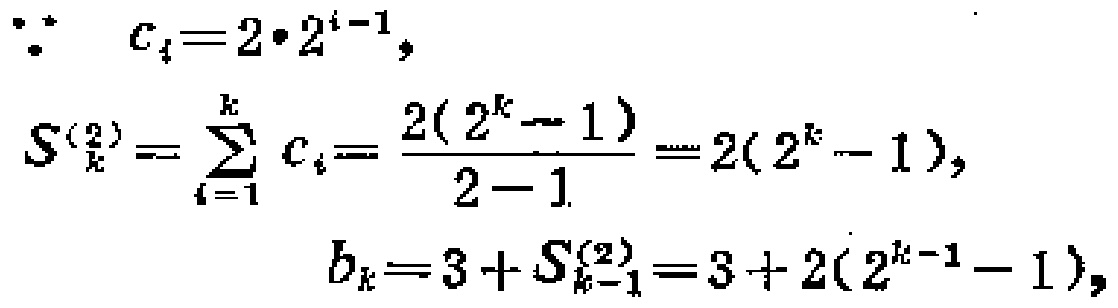
\[
\begin{align*}
\because c_{i}&=2\cdot2^{i - 1},\\
S_{k}^{(2)}&=\sum_{i = 1}^{k}c_{i}=\frac{2(2^{k}-1)}{2 - 1}=2(2^{k}-1),\\
b_{k}&=3+S_{k - 1}^{(2)}=3 + 2(2^{k - 1}-1),
\end{align*}
\]